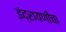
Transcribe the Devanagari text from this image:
इंद्रायणींचा